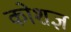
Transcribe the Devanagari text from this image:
कोशज्ञ